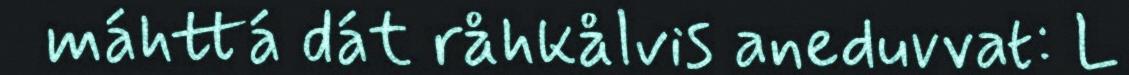
máhttá dát råhkålvis aneduvvat: L